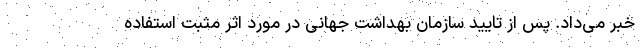
خبر می‌داد. پس از تایید سازمان بهداشت جهانی در مورد اثر مثبت استفاده